Report of cholera committee
Disease focus: Cholera
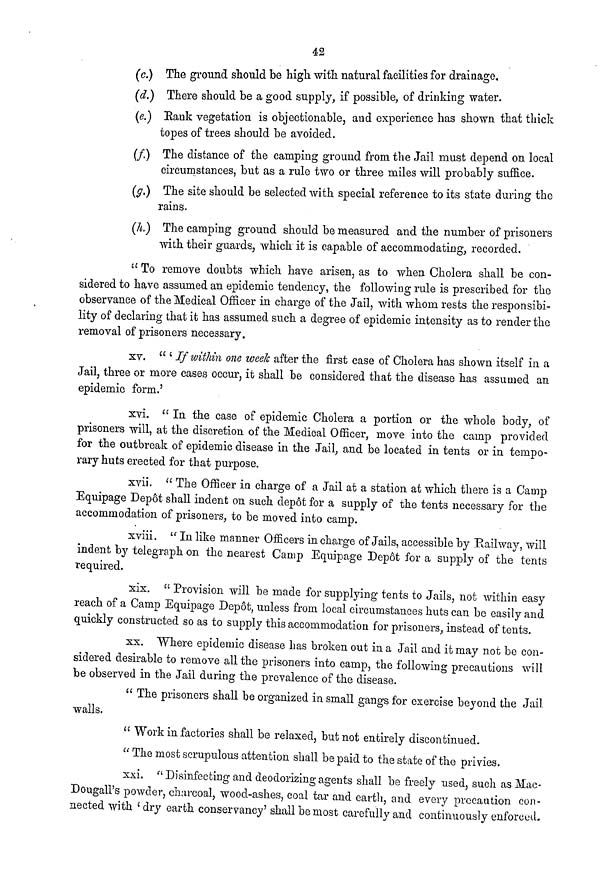
42
(c.) The ground should be high with natural facilities for drainage.
(d.) There should be a good supply, if possible, of drinking water.
(e.) Rank vegetation is objectionable, and experience has shown that thick
topes of trees should be avoided.
(f.) The distance of the camping ground from the Jail must depend on local
circumstances, but as a rule two or three miles will probably suffice.
(g.) The site should be selected with special reference to its state during the
rains.
(h.) The camping ground should be measured and the number of prisoners
with their guards, which it is capable of accommodating, recorded.
" To remove doubts which have arisen, as to when Cholera shall be con-
sidered to have assumed an epidemic tendency, the following rule is prescribed for the
observance of the Medical Officer in charge of the Jail, with whom rests the responsibi-
lity of declaring that it has assumed such a degree of epidemic intensity as to render the
removal of prisoners necessary.
xv. " ' If within one week after the first case of Cholera has shown itself in a
Jail, three or more cases occur, it shall be considered that the disease has assumed an
epidemic form.'
xvi. " In the case of epidemic Cholera a portion or the whole body, of
prisoners will, at the discretion of the Medical Officer, move into the camp provided
for the outbreak of epidemic disease in the Jail, and be located in tents or in tempo-
rary huts erected for that purpose.
xvii. " The Officer in charge of a Jail at a station at which there is a Camp
Equipage Depôt shall indent on such depôt for a supply of the tents necessary for the
accommodation of prisoners, to be moved into camp.
xviii. " In like manner Officers in charge of Jails, accessible by Railway, will
indent by telegraph on the nearest Camp Equipage Depot for a supply of the tents
required.
xix. " Provision will be made for supplying tents to Jails, not within easy
reach of a Camp Equipage Depot, unless from local circumstances huts can be easily and
quickly constructed so as to supply this accommodation for prisoners, instead of tents.
xx. Where epidemic disease has broken out in a Jail and it may not be con-
sidered desirable to remove all the prisoners into camp, the following precautions will
be observed in the Jail during the prevalence of the disease.
" The prisoners shall be organized in small gangs for exercise beyond the Jail
walls.
" Work in factories shall be relaxed, but not entirely discontinued.
" The most scrupulous attention shall be paid to the state of the privies.
xxi. "Disinfecting and deodorizing agents shall be freely used, such as Mac-
Dougall's powder, charcoal, wood-ashes, coal tar and earth, and every precaution con-
nected with ' dry earth conservancy' shall be most carefully and continuously enforced.